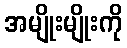
အမျိုးမျိုးကို